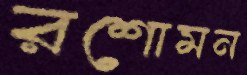
রশোমন